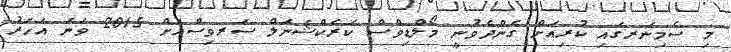
މި ސެމިނަރގައި ކުރިއަށް ގެންދެވުނީ މޯލްޑިވްސް ކަރެކްޝަނަލް ސަރވިސްއަށް 2015 ވަނަ އަހަރު